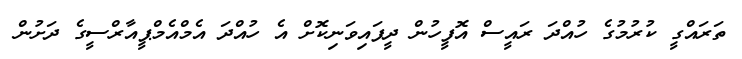
ތަރައްގީ ކުރުމުގެ ހުއްދަ ރައީސް އޮފީހުން ދީފައިވަނިކޮށް އެ ހުއްދަ އެމްއެމްޕީއާރްސީގެ ދަށުން